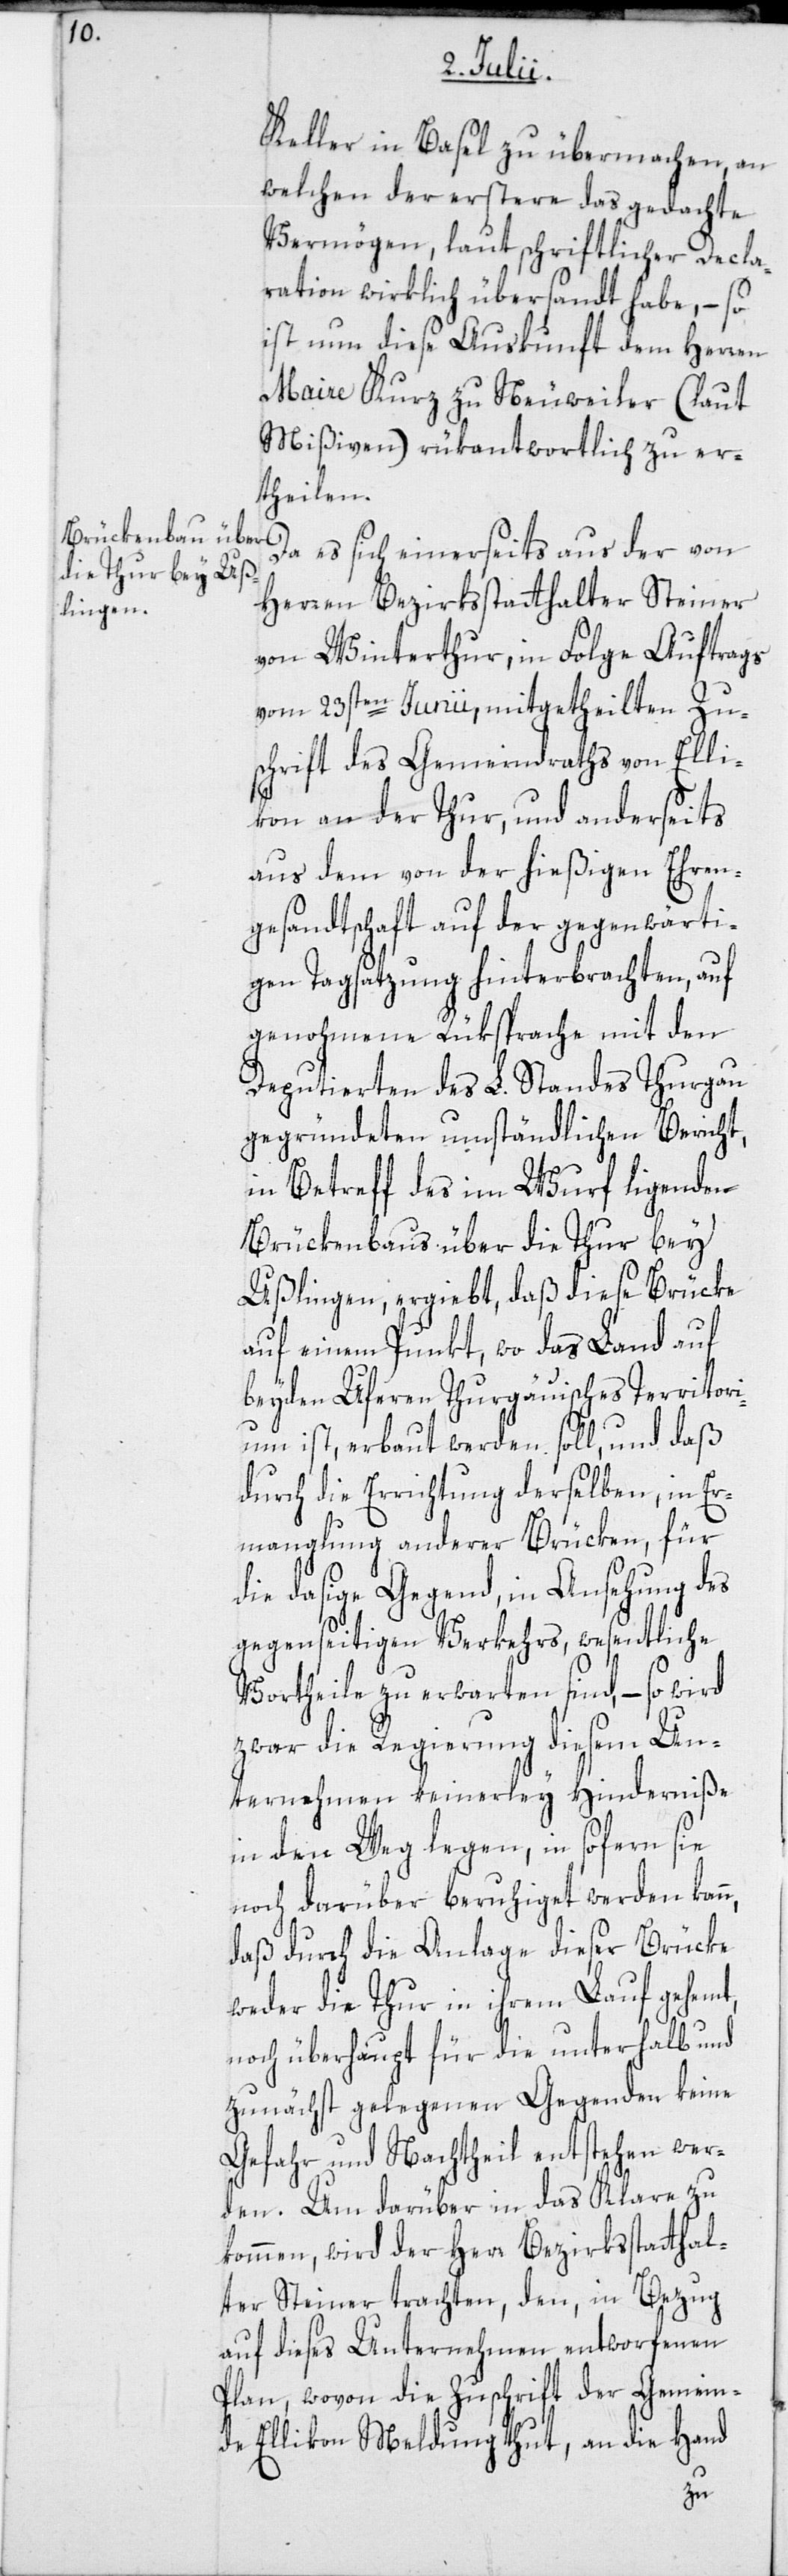
Keller in Basel zu übermachen, an
welchen der erstere das gedachte
Vermögen, laut schriftlicher Decla¬
ration wirklich übersandt habe, – so
ist nun diese Auskunft dem Herren
Maire Kurz zu Neuweiler (laut
Mißiven) rükantwortlich zu er¬
theilen.
Da es sich einerseits aus der von
Herren Bezirksstatthalter Steiner
von Winterthur, in Folge Auftrags
vom 23sten Junii, mitgetheilten Zu¬
schrift des Gemeindraths von Elli¬
kon an der Thur, und anderseits
aus dem von der hießigen Ehren¬
gesandtschaft auf der gegenwärti¬
gen Tagsatzung hinterbrachten, auf
genohmene Rüksprache mit den
Deputierten des L. Standes Thurgau
gegründeten umständlichen Bericht,
in Betreff des im Wurf ligenden
Brückenbaus über die Thur bey
Ußlingen, ergiebt, daß diese Brücke
auf einem Punkt, wo das Land auf
beyden Uferen Thurgauisches Territori¬
um ist, erbaut werden soll, und daß
durch die Errichtung derselben, in Er¬
manglung anderer Brücken, für
die dasige Gegend, in Ansehung des
gegenseitigen Verkehrs, wesentliche
Vortheile zu erwarten sind, – so wird
zwar die Regierung diesem Un¬
ternehmen keinerley Hinderniße
in den Weg legen, in sofern sie
noch darüber beruhiget werden kann,
daß durch die Anlage dieser Brücke
weder die Thur in ihrem Lauf gehemt,
noch überhaupt für die unterhalb und
zunächst gelegenen Gegenden keine
Gefahr und Nachtheil entstehen wer¬
den. Um darüber in das Klare zu
kommen, wird der Herr Bezirksstatthal¬
ter Steiner trachten, den, in Bezug
auf dieses Unternehmen entworfenen
Plan, wovon die Zuschrift der Gemein¬
de Ellikon Meldung thut, an die Hand